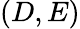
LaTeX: (D,E)